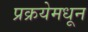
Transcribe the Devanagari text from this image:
प्रक्रयेमधून